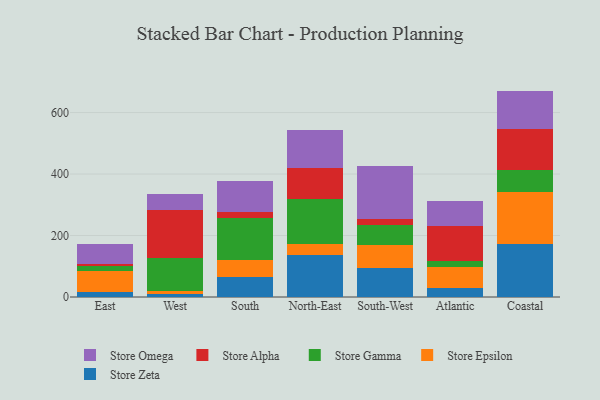
{"axis": {"x": "Region", "y": "Website Visitors"}, "legend": ["Store Alpha", "Store Epsilon", "Store Gamma", "Store Omega", "Store Zeta"], "data": [{"x": "East", "y": 16.3, "type": "Store Zeta"}, {"x": "East", "y": 67.0, "type": "Store Epsilon"}, {"x": "East", "y": 16.8, "type": "Store Gamma"}, {"x": "East", "y": 6.3, "type": "Store Alpha"}, {"x": "East", "y": 67.5, "type": "Store Omega"}, {"x": "West", "y": 10.1, "type": "Store Zeta"}, {"x": "West", "y": 10.8, "type": "Store Epsilon"}, {"x": "West", "y": 106.3, "type": "Store Gamma"}, {"x": "West", "y": 154.6, "type": "Store Alpha"}, {"x": "West", "y": 52.1, "type": "Store Omega"}, {"x": "South", "y": 64.6, "type": "Store Zeta"}, {"x": "South", "y": 55.4, "type": "Store Epsilon"}, {"x": "South", "y": 138.0, "type": "Store Gamma"}, {"x": "South", "y": 18.1, "type": "Store Alpha"}, {"x": "South", "y": 100.4, "type": "Store Omega"}, {"x": "North-East", "y": 136.1, "type": "Store Zeta"}, {"x": "North-East", "y": 36.7, "type": "Store Epsilon"}, {"x": "North-East", "y": 147.4, "type": "Store Gamma"}, {"x": "North-East", "y": 98.7, "type": "Store Alpha"}, {"x": "North-East", "y": 125.2, "type": "Store Omega"}, {"x": "South-West", "y": 94.7, "type": "Store Zeta"}, {"x": "South-West", "y": 73.4, "type": "Store Epsilon"}, {"x": "South-West", "y": 64.6, "type": "Store Gamma"}, {"x": "South-West", "y": 21.0, "type": "Store Alpha"}, {"x": "South-West", "y": 173.6, "type": "Store Omega"}, {"x": "Atlantic", "y": 29.7, "type": "Store Zeta"}, {"x": "Atlantic", "y": 66.8, "type": "Store Epsilon"}, {"x": "Atlantic", "y": 20.7, "type": "Store Gamma"}, {"x": "Atlantic", "y": 114.0, "type": "Store Alpha"}, {"x": "Atlantic", "y": 80.9, "type": "Store Omega"}, {"x": "Coastal", "y": 171.0, "type": "Store Zeta"}, {"x": "Coastal", "y": 169.0, "type": "Store Epsilon"}, {"x": "Coastal", "y": 71.6, "type": "Store Gamma"}, {"x": "Coastal", "y": 134.7, "type": "Store Alpha"}, {"x": "Coastal", "y": 124.3, "type": "Store Omega"}]}